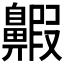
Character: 𪖲